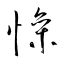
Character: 懆